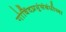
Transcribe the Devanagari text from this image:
गोविंदप्रभूंसंबंधीच्या